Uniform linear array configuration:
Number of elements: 32
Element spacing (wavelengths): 1
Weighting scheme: kaiser
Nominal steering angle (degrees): -45
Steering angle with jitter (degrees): -44.682
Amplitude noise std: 0.05
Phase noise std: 0.05

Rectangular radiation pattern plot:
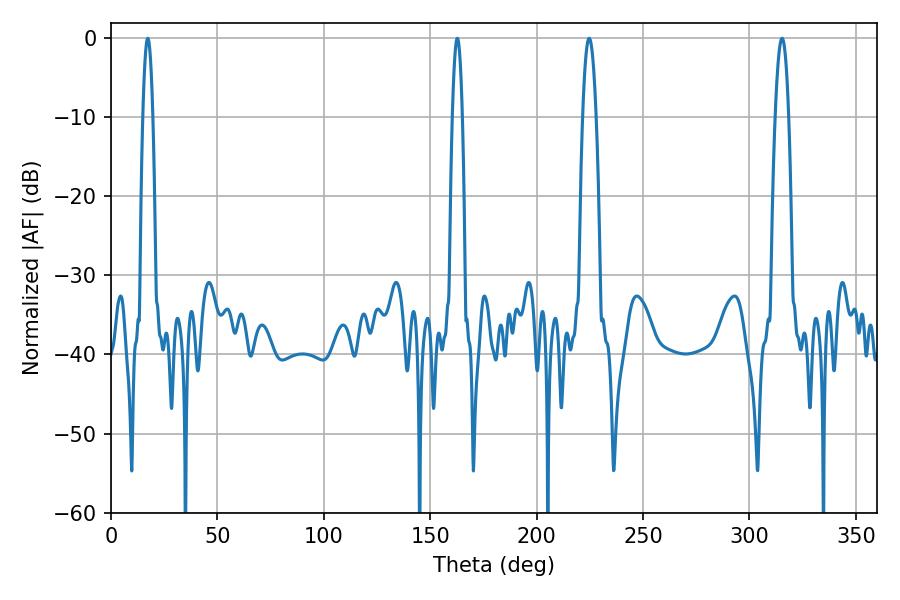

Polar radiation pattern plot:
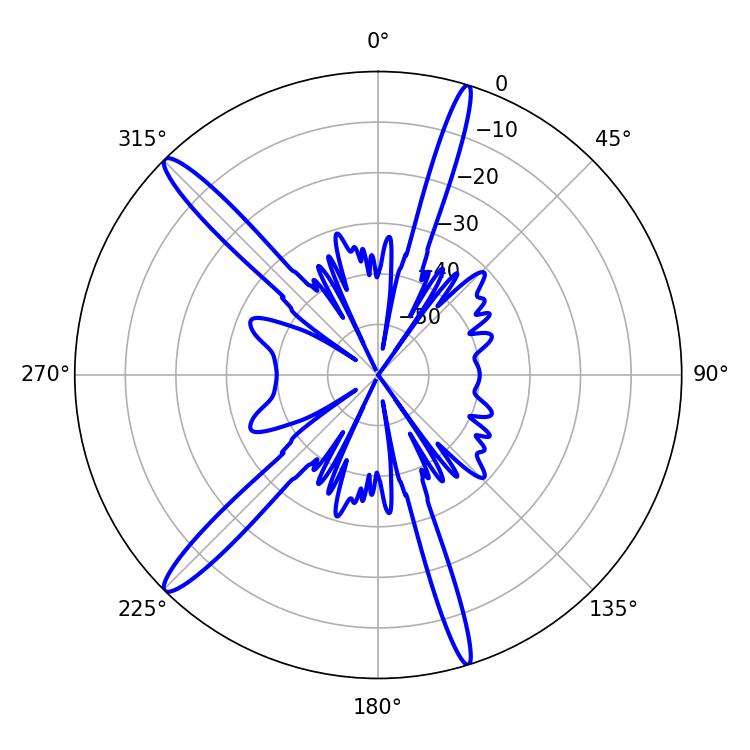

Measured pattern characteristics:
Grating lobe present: TRUE
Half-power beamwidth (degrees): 2.52
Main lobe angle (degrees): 17.28